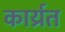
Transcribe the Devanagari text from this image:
कार्य्रत